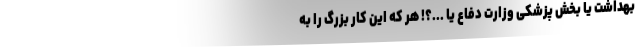
بهداشت یا بخش پزشکی وزارت دفاع یا ...؟! هر که این کار بزرگ را به